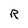
Character: R